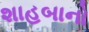
શાહબાનો